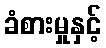
ခံစားမှုနှင့်